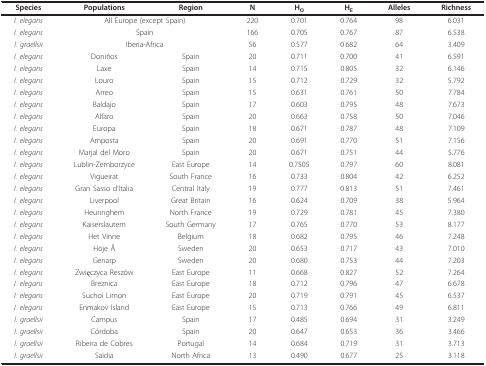
<table><thead><tr><td><b>Species</b></td><td><b>Populations</b></td><td><b>Region</b></td><td><b>N</b></td><td><b>H<sub>O</sub></b></td><td><b>H<sub>E</sub></b></td><td><b>Alleles</b></td><td><b>Richness</b></td></tr></thead><tbody><tr><td><i>I. elegans</i></td><td colspan="2">All Europe (except Spain)</td><td>220</td><td>0.701</td><td>0.764</td><td>98</td><td>6.031</td></tr><tr><td><i>I. elegans</i></td><td colspan="2">Spain</td><td>166</td><td>0.705</td><td>0.767</td><td>87</td><td>6.538</td></tr><tr><td><i>I. graellsii</i></td><td colspan="2">Iberia-Africa</td><td>56</td><td>0.577</td><td>0.682</td><td>64</td><td>3.409</td></tr><tr><td><i>I. elegans</i></td><td>Doniños</td><td>Spain</td><td>20</td><td>0.711</td><td>0.700</td><td>41</td><td>6.591</td></tr><tr><td><i>I. elegans</i></td><td>Laxe</td><td>Spain</td><td>14</td><td>0.715</td><td>0.805</td><td>32</td><td>6.146</td></tr><tr><td><i>I. elegans</i></td><td>Louro</td><td>Spain</td><td>15</td><td>0.712</td><td>0.729</td><td>32</td><td>5.792</td></tr><tr><td><i>I. elegans</i></td><td>Arreo</td><td>Spain</td><td>15</td><td>0.631</td><td>0.761</td><td>50</td><td>7.784</td></tr><tr><td><i>I. elegans</i></td><td>Baldajo</td><td>Spain</td><td>17</td><td>0.603</td><td>0.795</td><td>48</td><td>7.673</td></tr><tr><td><i>I. elegans</i></td><td>Alfaro</td><td>Spain</td><td>20</td><td>0.663</td><td>0.758</td><td>50</td><td>7.046</td></tr><tr><td><i>I. elegans</i></td><td>Europa</td><td>Spain</td><td>18</td><td>0.671</td><td>0.787</td><td>48</td><td>7.109</td></tr><tr><td><i>I. elegans</i></td><td>Amposta</td><td>Spain</td><td>20</td><td>0.691</td><td>0.770</td><td>51</td><td>7.156</td></tr><tr><td><i>I. elegans</i></td><td>Marjal del Moro</td><td>Spain</td><td>20</td><td>0.671</td><td>0.751</td><td>44</td><td>5.776</td></tr><tr><td><i>I. elegans</i></td><td>Lublin-Zemborzyce</td><td>East Europe</td><td>14</td><td>0.7505</td><td>0.797</td><td>60</td><td>8.081</td></tr><tr><td><i>I. elegans</i></td><td>Vigueirat</td><td>South France</td><td>16</td><td>0.733</td><td>0.804</td><td>42</td><td>6.252</td></tr><tr><td><i>I. elegans</i></td><td>Gran Sasso d&#x27;Italia</td><td>Central Italy</td><td>19</td><td>0.777</td><td>0.813</td><td>51</td><td>7.461</td></tr><tr><td><i>I. elegans</i></td><td>Liverpool</td><td>Great Britain</td><td>16</td><td>0.624</td><td>0.709</td><td>38</td><td>5.964</td></tr><tr><td><i>I. elegans</i></td><td>Heuringhem</td><td>North France</td><td>19</td><td>0.729</td><td>0.781</td><td>45</td><td>7.380</td></tr><tr><td><i>I. elegans</i></td><td>Kaiserslautern</td><td>South Germany</td><td>17</td><td>0.765</td><td>0.770</td><td>53</td><td>8.177</td></tr><tr><td><i>I. elegans</i></td><td>Het Vinne</td><td>Belgium</td><td>18</td><td>0.682</td><td>0.795</td><td>46</td><td>7.248</td></tr><tr><td><i>I. elegans</i></td><td>Höje Å</td><td>Sweden</td><td>20</td><td>0.653</td><td>0.717</td><td>43</td><td>7.010</td></tr><tr><td><i>I. elegans</i></td><td>Genarp</td><td>Sweden</td><td>20</td><td>0.680</td><td>0.753</td><td>44</td><td>7.203</td></tr><tr><td><i>I. elegans</i></td><td>Zwięczyca Reszów</td><td>East Europe</td><td>11</td><td>0.668</td><td>0.827</td><td>52</td><td>7.264</td></tr><tr><td><i>I. elegans</i></td><td>Breznica</td><td>East Europe</td><td>18</td><td>0.712</td><td>0.796</td><td>47</td><td>6.678</td></tr><tr><td><i>I. elegans</i></td><td>Suchoi Limon</td><td>East Europe</td><td>20</td><td>0.719</td><td>0.791</td><td>45</td><td>6.537</td></tr><tr><td><i>I. elegans</i></td><td>Enmakov Island</td><td>East Europe</td><td>15</td><td>0.713</td><td>0.766</td><td>49</td><td>6.811</td></tr><tr><td><i>I. graellsii</i></td><td>Campus</td><td>Spain</td><td>17</td><td>0.485</td><td>0.694</td><td>31</td><td>3.249</td></tr><tr><td><i>I. graellsii</i></td><td>Córdoba</td><td>Spain</td><td>20</td><td>0.647</td><td>0.653</td><td>36</td><td>3.466</td></tr><tr><td><i>I. graellsii</i></td><td>Ribeira de Cobres</td><td>Portugal</td><td>14</td><td>0.684</td><td>0.719</td><td>31</td><td>3.713</td></tr><tr><td><i>I. graellsii</i></td><td>Saïdia</td><td>North Africa</td><td>13</td><td>0.490</td><td>0.677</td><td>25</td><td>3.118</td></tr></tbody></table>